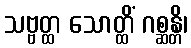
သဗ္ဗတ္ထ သောတ္ထိံ ဂစ္ဆန္တိ၊